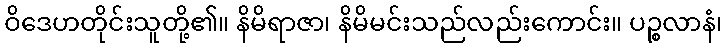
ဝိဒေဟတိုင်းသူတို့၏။ နိမိရာဇာ၊ နိမိမင်းသည်လည်းကောင်း။ ပဉ္စလာနံ၊